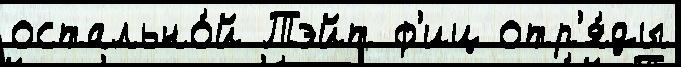
остально́й Тэйт ф'иц отр'я́ды